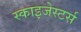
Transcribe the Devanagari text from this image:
स्काइजेस्टर्स